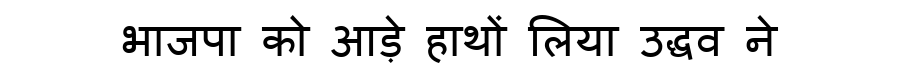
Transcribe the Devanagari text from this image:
भाजपा को आड़े हाथों लिया उद्धव ने